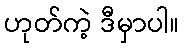
ဟုတ်ကဲ့ ဒီမှာပါ။